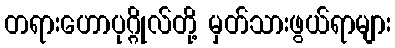
တရားဟောပုဂ္ဂိုလ်တို့ မှတ်သားဖွယ်ရာများ